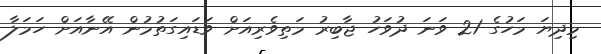
މިދިޔަ މަހުގެ 21 ވަނަ ދުވަހު ޖާބިރު މަތިވެރިއަށް ވަޑައިގަތުމުން އޭނާއަށް ހަމަލާ